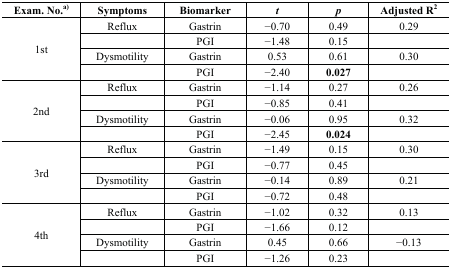
<table><thead><tr><td><b>Exam. No.<sup>a)</sup></b></td><td><b>Symptoms</b></td><td><b>Biomarker</b></td><td><b><i>t</i></b></td><td><b><i>p</i></b></td><td><b>Adjusted R<sup>2</sup></b></td></tr></thead><tbody><tr><td rowspan="4">1st</td><td>Reflux</td><td>Gastrin</td><td>−0.70</td><td>0.49</td><td>0.29</td></tr><tr><td></td><td>PGI</td><td>−1.48</td><td>0.15</td><td></td></tr><tr><td>Dysmotility</td><td>Gastrin</td><td>0.53</td><td>0.61</td><td>0.30</td></tr><tr><td></td><td>PGI</td><td>−2.40</td><td><b>0.027</b></td><td></td></tr><tr><td rowspan="4">2nd</td><td>Reflux</td><td>Gastrin</td><td>−1.14</td><td>0.27</td><td>0.26</td></tr><tr><td></td><td>PGI</td><td>−0.85</td><td>0.41</td><td></td></tr><tr><td>Dysmotility</td><td>Gastrin</td><td>−0.06</td><td>0.95</td><td>0.32</td></tr><tr><td></td><td>PGI</td><td>−2.45</td><td><b>0.024</b></td><td></td></tr><tr><td rowspan="4">3rd</td><td>Reflux</td><td>Gastrin</td><td>−1.49</td><td>0.15</td><td>0.30</td></tr><tr><td></td><td>PGI</td><td>−0.77</td><td>0.45</td><td></td></tr><tr><td>Dysmotility</td><td>Gastrin</td><td>−0.14</td><td>0.89</td><td>0.21</td></tr><tr><td></td><td>PGI</td><td>−0.72</td><td>0.48</td><td></td></tr><tr><td rowspan="4">4th</td><td>Reflux</td><td>Gastrin</td><td>−1.02</td><td>0.32</td><td>0.13</td></tr><tr><td></td><td>PGI</td><td>−1.66</td><td>0.12</td><td></td></tr><tr><td>Dysmotility</td><td>Gastrin</td><td>0.45</td><td>0.66</td><td>−0.13</td></tr><tr><td></td><td>PGI</td><td>−1.26</td><td>0.23</td><td></td></tr></tbody></table>